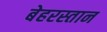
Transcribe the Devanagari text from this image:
बेहरस्तान